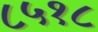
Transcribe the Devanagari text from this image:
८५१८